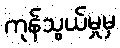
ကုန်သွယ်မှုမှ